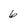
Character: 6